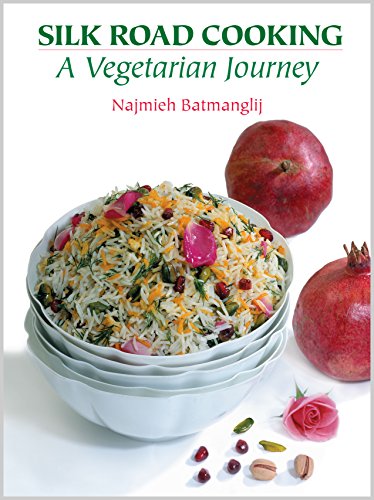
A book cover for Silk Road Cooking: A Vegetarian Journey; Najmieh Batmanglij; Cookbooks, Food & Wine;